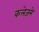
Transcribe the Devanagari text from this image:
कलेजमे